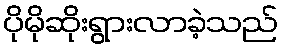
ပိုမိုဆိုးရွားလာခဲ့သည်